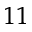
^ { 1 1 }